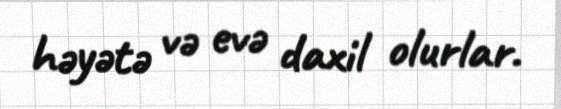
həyətə və evə daxil olurlar.